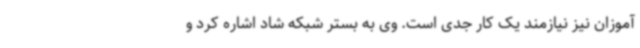
آموزان نیز نیازمند یک کار جدی است. وی به بستر شبکه شاد اشاره کرد و